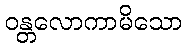
ဝန္တလောကာမိသော